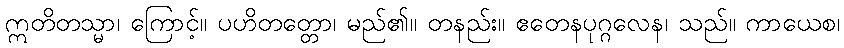
ဣတိတသ္မာ၊ ကြောင့်။ ပဟိတတ္တော၊ မည်၏။ တနည်း။ ဧတေနပုဂ္ဂလေန၊ သည်။ ကာယေစ၊